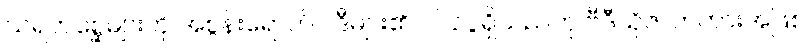
သရဲတစ္ဆေများကို အစွန်းရောက်ဝါဒီများ၏ ဝင်ငွေရှိသည်ဟု ဗီဒီယိုဇာတ်ကားအဖြစ်